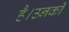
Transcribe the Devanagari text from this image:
है।उनकी